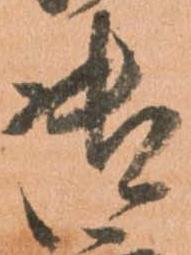
御